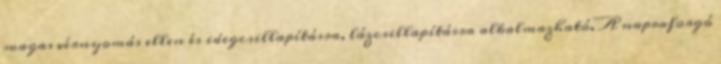
magas vérnyomás ellen és idegcsillapításra, lázcsillapításra alkalmazható. A napraforgó